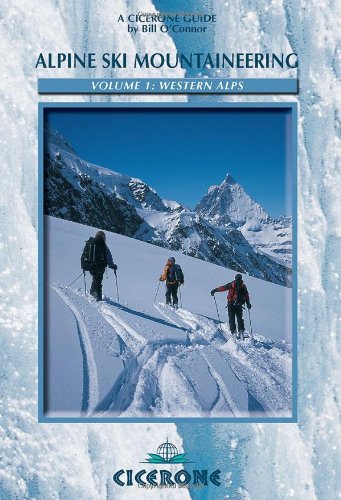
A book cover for Alpine Ski Mountaineering Western Alps: Volume 1 (Cicerone Winter and Ski Mountaineering S); Bill O'Connor; Sports & Outdoors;